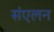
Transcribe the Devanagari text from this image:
संंएलन